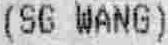
(SG WANG)